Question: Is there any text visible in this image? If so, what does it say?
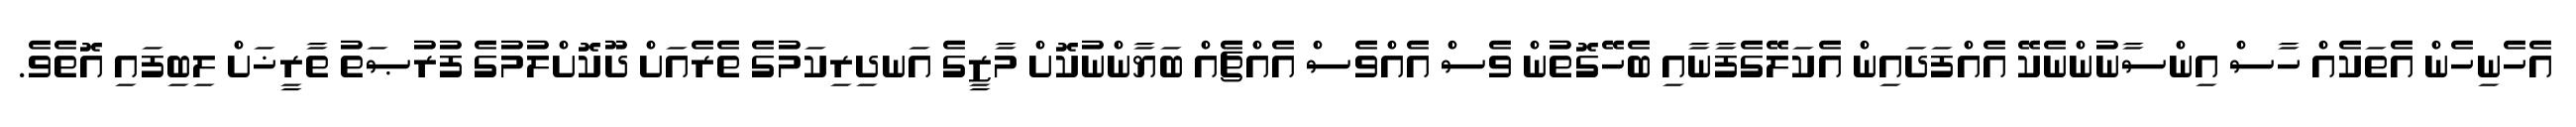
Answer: އެހެނިހެން އެތަކެއް ހާސް އިންސާނުންނެކޭ އެއްފަދައިން އެކަލޭގެފާނާއި ބެހޭގޮތުން ވެސް އެއްވެސް އެއްޗެއް ބަޔާންނުކޮށް މާޒީގެ އަނދިރިކަމުގެ ތެރެއަށް ދޫކޮށްލުމުގެ ފުރުޞަތު ތާރީޚަށް ލިބިފައި އޮތެވެ.